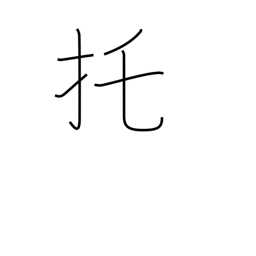
Meaning: entrusting with